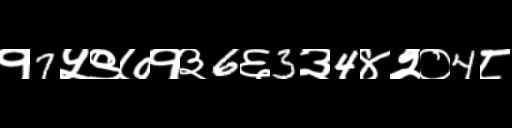
Text: १7५९७१३6६3३4४२०4८